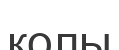
қолы